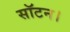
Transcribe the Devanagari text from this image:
सॉटन।